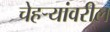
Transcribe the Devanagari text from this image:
चेहर्‍यांवरील